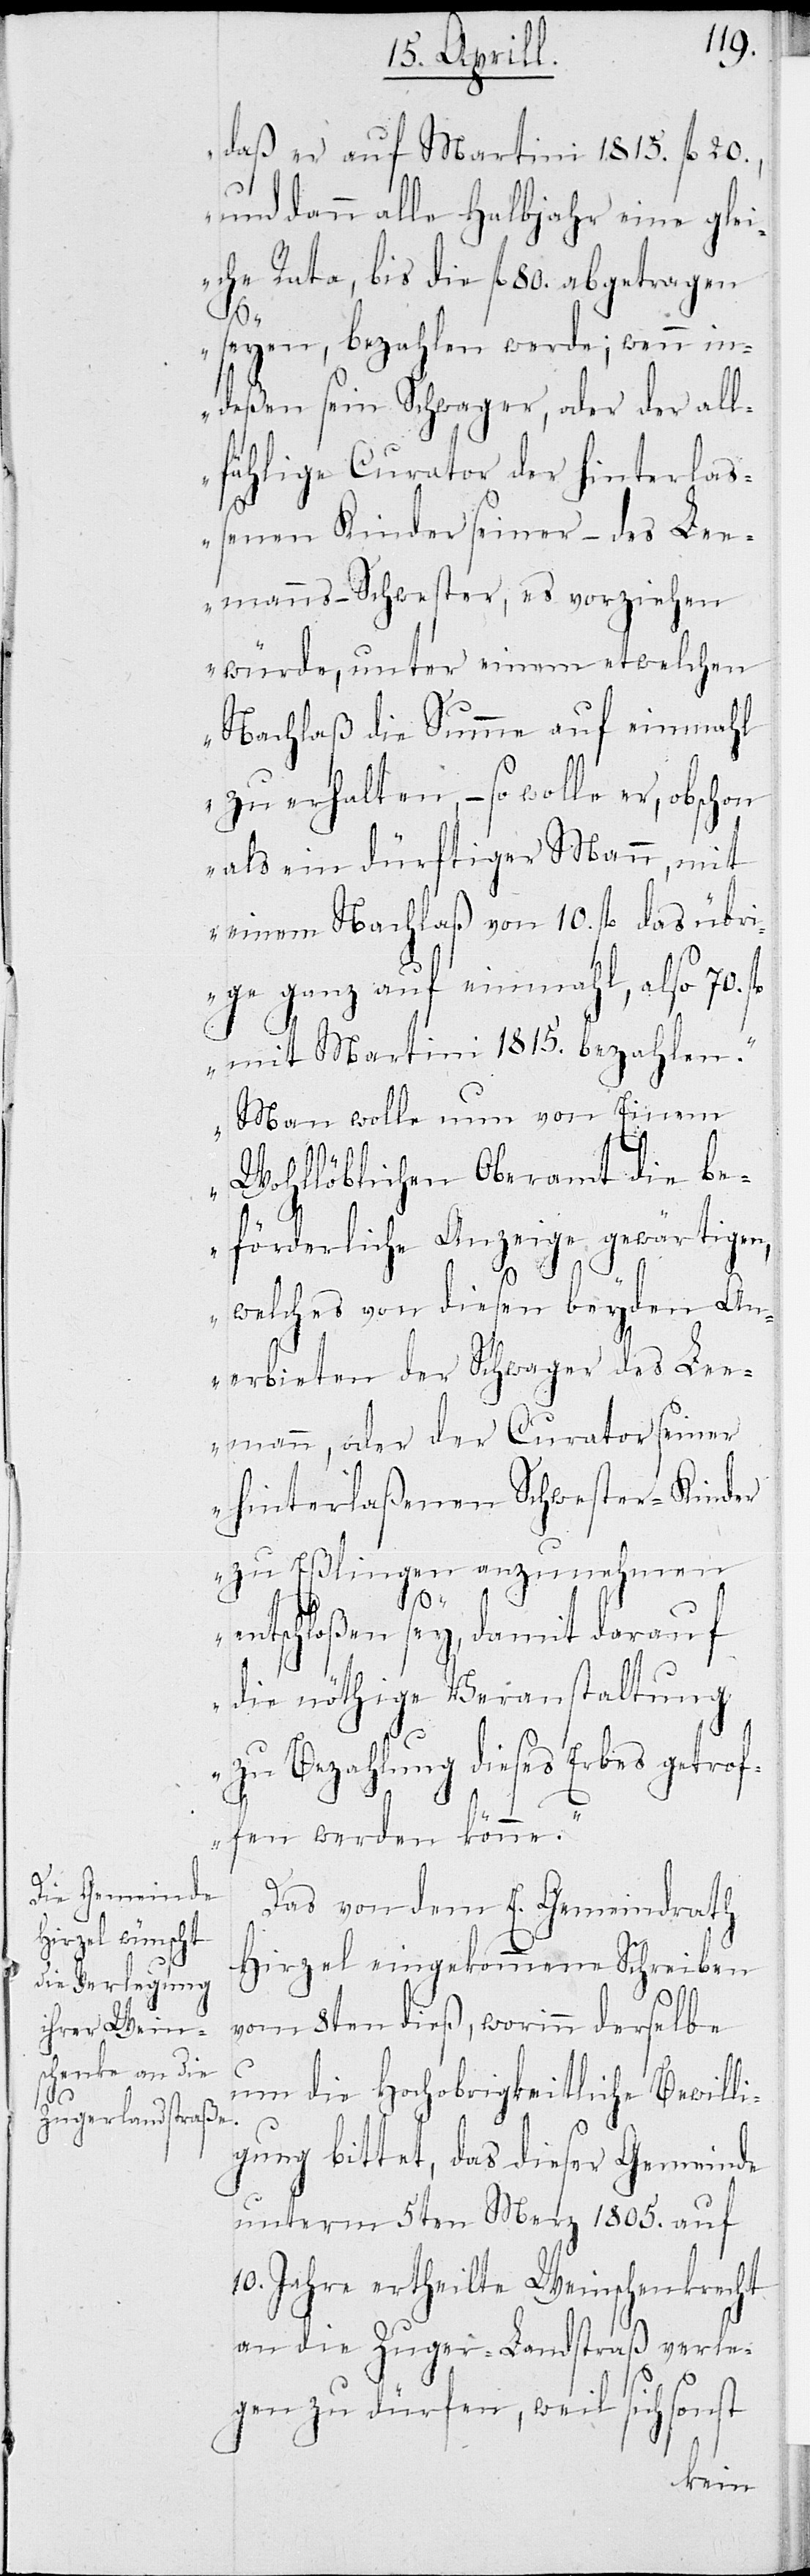
daß er auf Martini 1815. fl 20.,
und dann alle Halbjahr eine glei¬
che Rate, bis die fl 80. abgetragen
seyen, bezahlen werde; wenn in¬
deßen sein Schwager, oder der all¬
fählige Curator der hinterlaß¬
enen Kinder seiner – des Le¬
emanns – Schwester, es vorziehen
würde, unter einem etwelchen
Nachlaß die Summe auf einmahl
zu erhalten, – so wolle er, obschon
als ein dürftiger Mann, mit
einem Nachlaß von 10. fl das übri¬
ge ganz auf einmahl, also 70.
mit Martini 1815. bezahlen.
Man wolle nun von Einem
Wohllöblichen Oberamt die be¬
förderliche Anzeige gewärtigen,
welches von diesen beyden An¬
erbieten der Schwager des Lee¬
mann, oder der Curator seiner
hinterlaßenen Schwesterkinder
zu Eßlingen anzunehmen
entschloßen sey, damit darauf
die nöthige Veranstaltung
zu Bezahlung dieses Erbes getrof¬
fen werden könne.“
Das von dem E. Gemeindrath
Hirzel eingekommene Schreiben
vom 8ten dieß, worinn derselbe
um die Hochobrigkeitliche Bewilli¬
gung bittet, das dieser Gemeinde
unterm 5ten Merz 1805. auf
10. Jahre ertheilte Weinschenkrecht
an die Zuger-Landstraße verle¬
gen zu dürfen, weil sich sonst